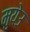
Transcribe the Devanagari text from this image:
मुयेउ